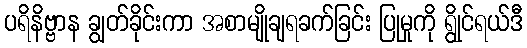
ပရိနိဗ္ဗာန ချွတ်ခိုင်းကာ အစာမျိုချရခက်ခြင်း ပြုမှုကို ရွိုင်ရယ်ဒီ